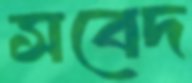
সবেদ